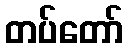
တပ်တော်